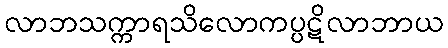
လာဘသက္ကာရသိလောကပ္ပဋိလာဘာယ